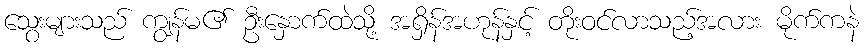
သွေးများသည် ကျွန်မ၏ ဦးနှောက်ထဲသို့ အရှိန်အဟုန်နှင့် တိုးဝင်လာသည့်အလား မိုက်ကနဲ